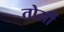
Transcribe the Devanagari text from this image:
तोर्सी